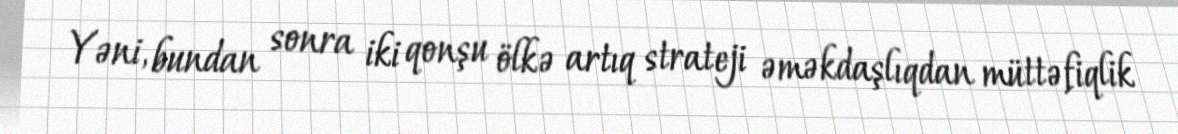
Yəni, bundan sonra iki qonşu ölkə artıq strateji əməkdaşlıqdan müttəfiqlik